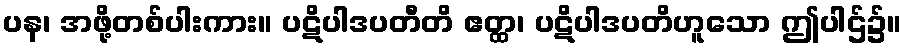
ပန၊ အဖို့တစ်ပါးကား။ ပဋိပါဒပတီတိ ဧတ္ထ၊ ပဋိပါဒပတိဟူသော ဤပါဌ်၌။